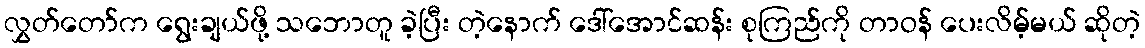
လွှတ်တော်က ရွေးချယ်ဖို့ သဘောတူ ခဲ့ပြီး တဲ့နောက် ဒေါ်အောင်ဆန်း စုကြည်ကို တာဝန် ပေးလိမ့်မယ် ဆိုတဲ့